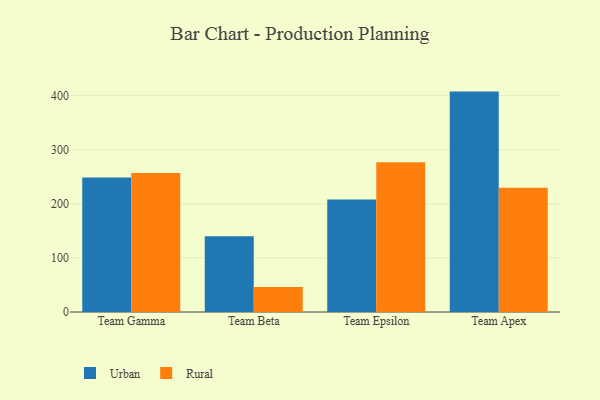
{"axis": {"x": "Team", "y": "Inventory Turnover"}, "legend": ["Rural", "Urban"], "data": [{"x": "Team Gamma", "y": 248.8, "type": "Urban"}, {"x": "Team Gamma", "y": 257.0, "type": "Rural"}, {"x": "Team Beta", "y": 140.2, "type": "Urban"}, {"x": "Team Beta", "y": 46.2, "type": "Rural"}, {"x": "Team Epsilon", "y": 208.0, "type": "Urban"}, {"x": "Team Epsilon", "y": 276.9, "type": "Rural"}, {"x": "Team Apex", "y": 407.4, "type": "Urban"}, {"x": "Team Apex", "y": 229.8, "type": "Rural"}]}